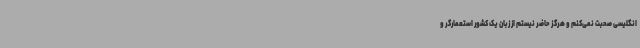
انگلیسی صحبت نمی‌کنم و هرگز حاضر نیستم از زبان یک کشور استعمارگر و